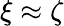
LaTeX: \xi\approx\zeta